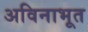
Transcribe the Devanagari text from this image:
अविनाभूत